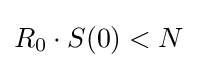
R_{0}\cdot S(0)<N